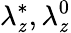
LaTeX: \lambda_{\mathit{z}}^{*},\lambda_{\mathit{z}}^{0}